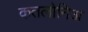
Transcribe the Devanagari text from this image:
कतलोनिअ